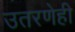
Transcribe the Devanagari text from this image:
उतरणेही